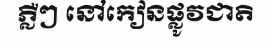
ភ្លឺៗ នៅកៀនផ្លូវជាតិ